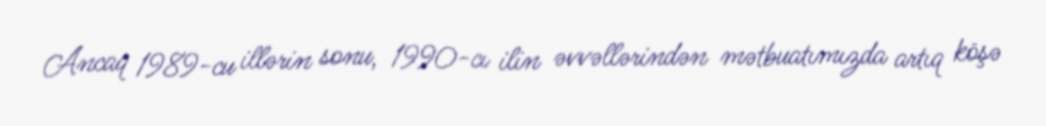
Ancaq 1989-cu illərin sonu, 1990-cı ilin əvvəllərindən mətbuatımızda artıq köşə